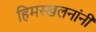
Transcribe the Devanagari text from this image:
हिमस्खलनांनी